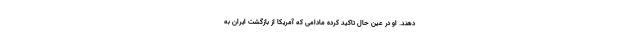
دهند. او در عین حال تاکید کرده مادامی که آمریکا از بازگشت ایران به